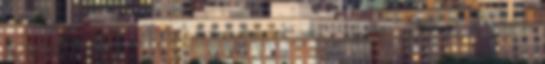
a lengyelek - Washington fontolóra. Jöhet a tél -